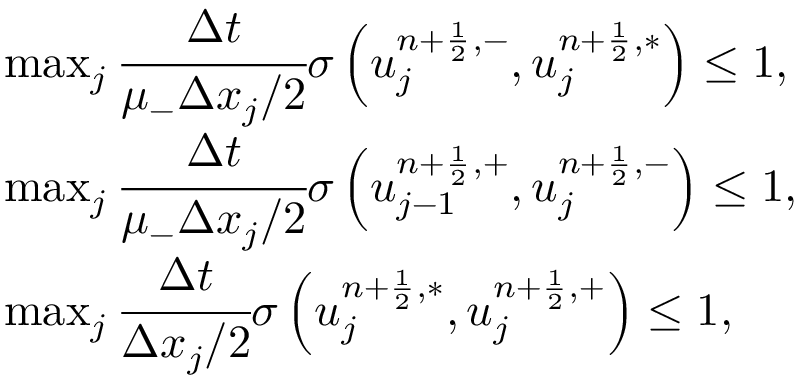
\begin{array} { r l } & { \operatorname* { m a x } _ { j } \cfrac { \Delta t } { \mu _ { - } \Delta x _ { j } / 2 } \sigma \left( u _ { j } ^ { n + \frac { 1 } { 2 } , - } , u _ { j } ^ { n + \frac { 1 } { 2 } , \ast } \right) \leq 1 , } \\ & { \operatorname* { m a x } _ { j } \cfrac { \Delta t } { \mu _ { - } \Delta x _ { j } / 2 } \sigma \left( u _ { j - 1 } ^ { n + \frac { 1 } { 2 } , + } , u _ { j } ^ { n + \frac { 1 } { 2 } , - } \right) \leq 1 , } \\ & { \operatorname* { m a x } _ { j } \cfrac { \Delta t } { \Delta x _ { j } / 2 } \sigma \left( u _ { j } ^ { n + \frac { 1 } { 2 } , \ast } , u _ { j } ^ { n + \frac { 1 } { 2 } , + } \right) \leq 1 , } \end{array}